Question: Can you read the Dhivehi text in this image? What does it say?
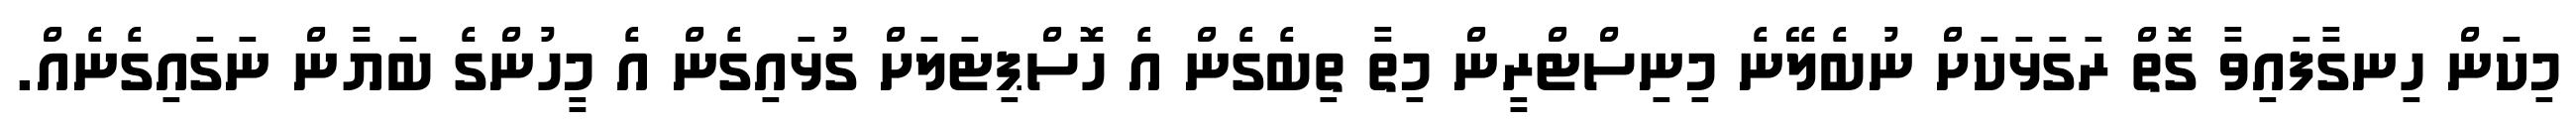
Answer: މިކަން ހިނގާފައިވާ ގޮތް ރަގަޅަކަށް ނުބެލޭނެ މިނިސްޓްރީން މިތާ ތިބެގެން އެ ހޮސްޕިޓަލަށް ގުޅައިގެން އެ މީހުންގެ ބަޔާން ނަގައިގެނެއް.